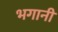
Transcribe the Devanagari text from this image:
भगानी